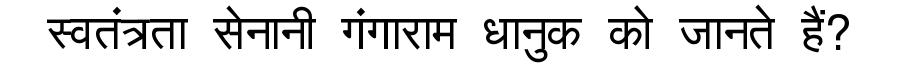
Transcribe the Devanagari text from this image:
स्वतंत्रता सेनानी गंगाराम धानुक को जानते हैं?